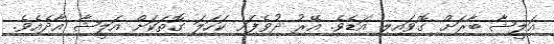
އަލީޝާ ބާރަށް ގޮވައިލި އަޑެވެ. އޭރު ދުވެފައި ކަހަލަ ގޮތަކަށް އަލީޝާ އާދެއެވެ.